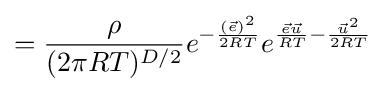
={\frac {\rho }{(2\pi RT)^{D/2}}}e^{-{\frac {({\vec {e}})^{2}}{2RT}}}e^{{\frac {{\vec {e}}{\vec {u}}}{RT}}-{\frac {{\vec {u}}^{2}}{2RT}}}